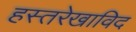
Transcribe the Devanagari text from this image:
हस्तरेखाविद